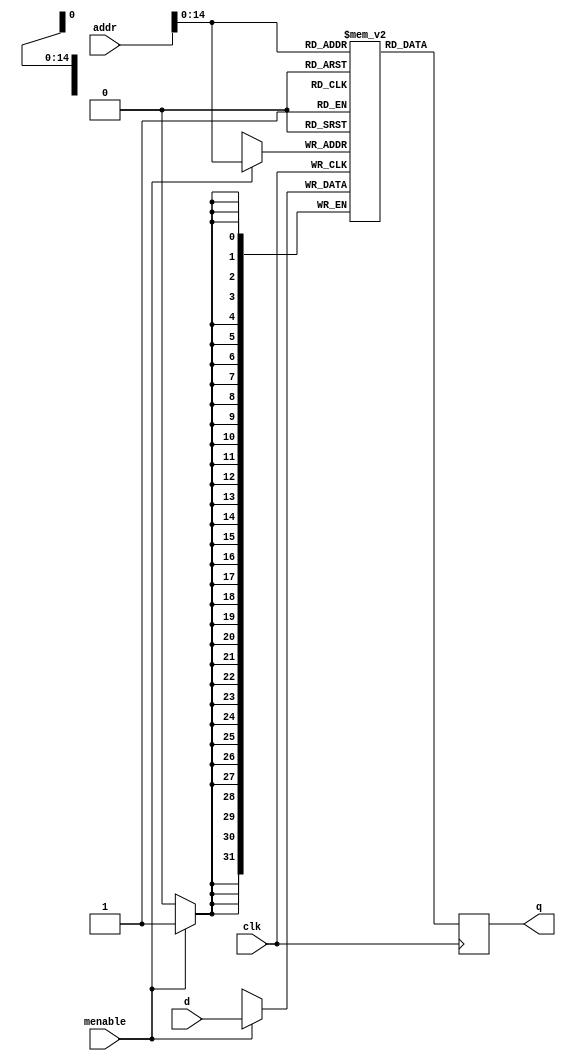
//-------------------------------------------------------
//
// ram.v
// Sodium(sodium@wide.sfc.ad.jp)
// Instruction set:RISC-V RV32I
//
// Instruction RAM and data RAM
// Ochiba Processer
// RV32I ISA Model
// In-order 6-stage pipeline
//
//-------------------------------------------------------
module instr_ram #(parameter WIDTH = 32)
(
	input [31:0] d,
	input [31:0] addr,
	input clk, menable,
	output reg [31:0] q
);

	// Declare the RAM variable
	reg [31:0] ram[19000:0];

	initial begin
		ram[32'h00000000] = 32'h0FF00193; //	addi $3,$0,1	write data to GPIO
		ram[32'h00000004] = 32'h0000F137; //   lui $3,0000_0	
		ram[32'h00000008] = 32'hFFF10113; //	addi $2,$0,FFF delay counter
		ram[32'h0000000c] = 32'h000000B3; //  	add  $1,$0,$0	reset counter
		ram[32'h00000010] = 32'h00108093; //	addi $1,$1,1    counter
		ram[32'h00000014] = 32'h00208263; //	beq $1,$2,PC+8	
		ram[32'h00000018] = 32'hFF9FF06F; //    jmp PC-8
		ram[32'h0000001c] = 32'hFFFFF237; //    lui $4,FFFF_F		gpio_addr
		ram[32'h00000020] = 32'hF0020213; //    addi $4,$1,F00		gpio_addr
		ram[32'h00000024] = 32'h00320023; //    sb  $3,$4,0000		write to gpio
		ram[32'h00000028] = 32'h000000B3; //	add  $1,$0,$0	reset counter
		ram[32'h0000002c] = 32'h00108093; //	addi $1,$1,1    counter // True branch address
		ram[32'h00000030] = 32'h00208263; //	beq $1,$2,PC+8	
		ram[32'h00000034] = 32'hFF9FF06F; //    jmp PC-8
		ram[32'h00000038] = 32'h00020023; //	sb  $3,$4,0000		write to gpio
		ram[32'h0000003c] = 32'hFD1FF06F; //	jmp pc -h30			send start
	end
		
	always @(negedge clk)
	begin
	// Write
		if (menable == 1) ram[addr] <= d;
	//read
		q <= ram[addr];		
	end
endmodule

module data_ram #(parameter WIDTH = 32)
(
	input [31:0] d,
	input [31:0] addr,
	input clk, menable,
	output reg [31:0] q
);

	// Declare the RAM variable
	reg [31:0] ram[1024:0];
	always @(negedge clk)
	begin
	// Write
		if (menable == 1) ram[addr] <= d;
	//read
		q <= ram[addr];		
	end
endmodule